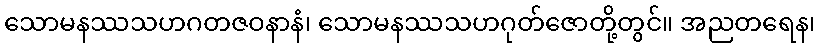
သောမနဿသဟဂတဇဝနာနံ၊ သောမနဿသဟဂုတ်ဇောတို့တွင်။ အညတရေန၊